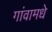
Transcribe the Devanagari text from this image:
गांवामधे